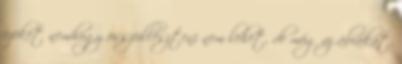
ezeket nemhogy összeilleszteni nem lehet, de még az ábrákat,